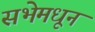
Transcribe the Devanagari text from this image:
सभेमधून